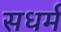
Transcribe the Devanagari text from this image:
सधर्म